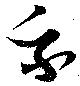
我